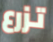
تزرع